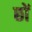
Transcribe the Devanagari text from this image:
छों